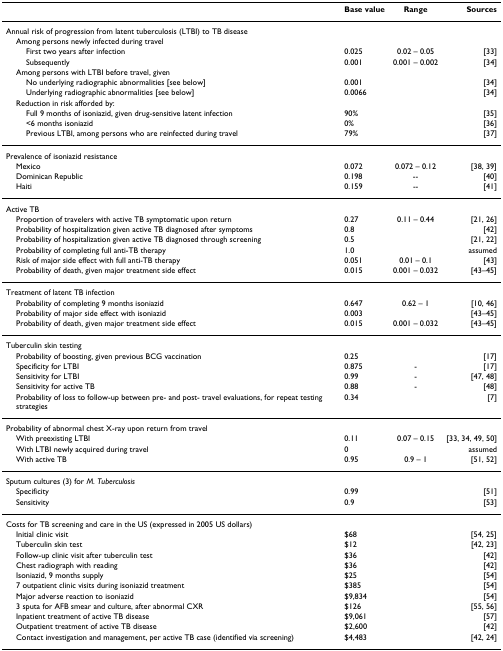
<table><thead><tr><td></td><td><b>Base value</b></td><td><b>Range</b></td><td><b>Sources</b></td></tr></thead><tbody><tr><td>Annual risk of progression from latent tuberculosis (LTBI) to TB disease</td><td></td><td></td><td></td></tr><tr><td> Among persons newly infected during travel</td><td></td><td></td><td></td></tr><tr><td>First two years after infection</td><td>0.025</td><td>0.02 – 0.05</td><td>[33]</td></tr><tr><td>Subsequently</td><td>0.001</td><td>0.001 – 0.002</td><td>[34]</td></tr><tr><td> Among persons with LTBI before travel, given</td><td></td><td></td><td></td></tr><tr><td>No underlying radiographic abnormalities [see below]</td><td>0.001</td><td></td><td>[34]</td></tr><tr><td>Underlying radiographic abnormalities [see below]</td><td>0.0066</td><td></td><td>[34]</td></tr><tr><td> Reduction in risk afforded by:</td><td></td><td></td><td></td></tr><tr><td>Full 9 months of isoniazid, given drug-sensitive latent infection</td><td>90%</td><td></td><td>[35]</td></tr><tr><td>&lt;6 months isoniazid</td><td>0%</td><td></td><td>[36]</td></tr><tr><td>Previous LTBI, among persons who are reinfected during travel</td><td>79%</td><td></td><td>[37]</td></tr><tr><td>Prevalence of isoniazid resistance</td><td></td><td></td><td></td></tr><tr><td> Mexico</td><td>0.072</td><td>0.072 – 0.12</td><td>[38, 39]</td></tr><tr><td> Dominican Republic</td><td>0.198</td><td>--</td><td>[40]</td></tr><tr><td> Haiti</td><td>0.159</td><td>--</td><td>[41]</td></tr><tr><td>Active TB</td><td></td><td></td><td></td></tr><tr><td> Proportion of travelers with active TB symptomatic upon return</td><td>0.27</td><td>0.11 – 0.44</td><td>[21, 26]</td></tr><tr><td> Probability of hospitalization given active TB diagnosed after symptoms</td><td>0.8</td><td></td><td>[42]</td></tr><tr><td> Probability of hospitalization given active TB diagnosed through screening</td><td>0.5</td><td></td><td>[21, 22]</td></tr><tr><td> Probability of completing full anti-TB therapy</td><td>1.0</td><td></td><td>assumed</td></tr><tr><td> Risk of major side effect with full anti-TB therapy</td><td>0.051</td><td>0.01 – 0.1</td><td>[43]</td></tr><tr><td> Probability of death, given major treatment side effect</td><td>0.015</td><td>0.001 – 0.032</td><td>[43–45]</td></tr><tr><td>Treatment of latent TB infection</td><td></td><td></td><td></td></tr><tr><td> Probability of completing 9 months isoniazid</td><td>0.647</td><td>0.62 – 1</td><td>[10, 46]</td></tr><tr><td> Probability of major side effect with isoniazid</td><td>0.003</td><td></td><td>[43–45]</td></tr><tr><td> Probability of death, given major treatment side effect</td><td>0.015</td><td>0.001 – 0.032</td><td>[43–45]</td></tr><tr><td>Tuberculin skin testing</td><td></td><td></td><td></td></tr><tr><td> Probability of boosting, given previous BCG vaccination</td><td>0.25</td><td></td><td>[17]</td></tr><tr><td> Specificity for LTBI</td><td>0.875</td><td>-</td><td>[17]</td></tr><tr><td> Sensitivity for LTBI</td><td>0.99</td><td>-</td><td>[47, 48]</td></tr><tr><td> Sensitivity for active TB</td><td>0.88</td><td>-</td><td>[48]</td></tr><tr><td> Probability of loss to follow-up between pre- and post- travel evaluations, for repeat testing strategies</td><td>0.34</td><td></td><td>[7]</td></tr><tr><td>Probability of abnormal chest X-ray upon return from travel</td><td></td><td></td><td></td></tr><tr><td> With preexisting LTBI</td><td>0.11</td><td>0.07 – 0.15</td><td>[33, 34, 49, 50]</td></tr><tr><td> With LTBI newly acquired during travel</td><td>0</td><td></td><td>assumed</td></tr><tr><td> With active TB</td><td>0.95</td><td>0.9 – 1</td><td>[51, 52]</td></tr><tr><td>Sputum cultures (3) for <i>M. Tuberculosis</i></td><td></td><td></td><td></td></tr><tr><td> Specificity</td><td>0.99</td><td></td><td>[51]</td></tr><tr><td> Sensitivity</td><td>0.9</td><td></td><td>[53]</td></tr><tr><td>Costs for TB screening and care in the US (expressed in 2005 US dollars)</td><td></td><td></td><td></td></tr><tr><td> Initial clinic visit</td><td>$68</td><td></td><td>[54, 25]</td></tr><tr><td> Tuberculin skin test</td><td>$12</td><td></td><td>[42, 23]</td></tr><tr><td> Follow-up clinic visit after tuberculin test</td><td>$36</td><td></td><td>[42]</td></tr><tr><td> Chest radiograph with reading</td><td>$36</td><td></td><td>[42]</td></tr><tr><td> Isoniazid, 9 months supply</td><td>$25</td><td></td><td>[54]</td></tr><tr><td> 7 outpatient clinic visits during isoniazid treatment</td><td>$385</td><td></td><td>[54]</td></tr><tr><td> Major adverse reaction to isoniazid</td><td>$9,834</td><td></td><td>[54]</td></tr><tr><td> 3 sputa for AFB smear and culture, after abnormal CXR</td><td>$126</td><td></td><td>[55, 56]</td></tr><tr><td> Inpatient treatment of active TB disease</td><td>$9,061</td><td></td><td>[57]</td></tr><tr><td> Outpatient treatment of active TB disease</td><td>$2,600</td><td></td><td>[42]</td></tr><tr><td> Contact investigation and management, per active TB case (identified via screening)</td><td>$4,483</td><td></td><td>[42, 24]</td></tr></tbody></table>